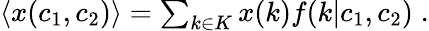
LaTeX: \begin{array}{r}{\langle x(c_{1},c_{2})\rangle=\sum_{k\in K}x(k)f(k|c_{1},c_{2})\; .}\end{array}